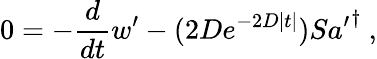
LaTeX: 0=-\frac{d}{dt}w^{\prime}-(2De^{-2D|t|})S{a^{\prime}}^{\dagger}~,